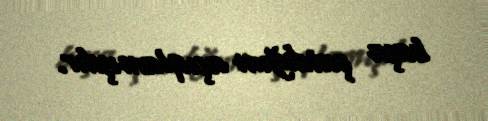
başa çatdığını açıqlamışdır.